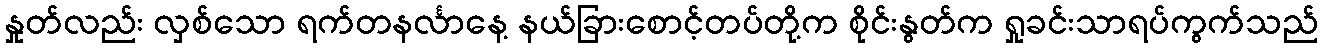
နှုတ်လည်း လှစ်သော ရက်တနင်္လာနေ့ နယ်ခြားစောင့်တပ်တို့က စိုင်းနွတ်က ရှုခင်းသာရပ်ကွက်သည်